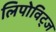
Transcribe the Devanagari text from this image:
लिपोविट्ज